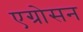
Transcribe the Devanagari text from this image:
एग्रोसन